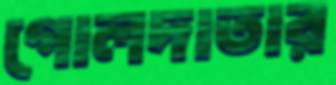
গোলদাতার